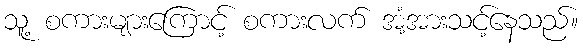
သူ့ စကားများကြောင့် စကားလက် အံ့အားသင့်နေသည်။